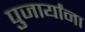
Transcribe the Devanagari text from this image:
पुजार्यांना